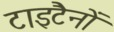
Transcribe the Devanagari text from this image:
टाइटैनों